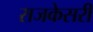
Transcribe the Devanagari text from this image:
राजकेसरी